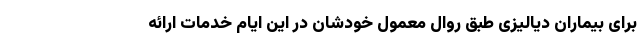
برای بیماران دیالیزی طبق روال معمول خودشان در این ایام خدمات ارائه